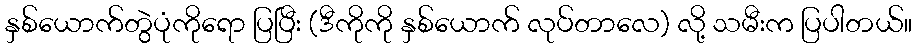
နှစ်ယောက်တွဲပုံကိုရော ပြပြီး (ဒီကိုကို နှစ်ယောက် လုပ်တာလေ) လို့ သမီးက ပြပါတယ်။